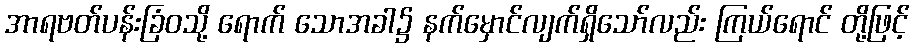
အာရဗတ်ပန်းခြံဝသို့ ရောက် သောအခါ၌ နက်မှောင်လျက်ရှိသော်လည်း ကြယ်ရောင် တို့ဖြင့်